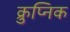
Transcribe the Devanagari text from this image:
क्रुप्निक